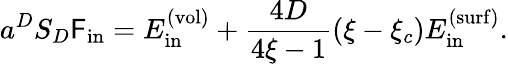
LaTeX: a^{D}S_{D}\mathsf{F}_{\mathrm{{in}}}=E_{\mathrm{{in}}}^{\mathrm{{(vol)}}}+\frac{{4D}}{{4\xi-1}}(\xi-\xi_{c})E_{\mathrm{{in}}}^{\mathrm{{(surf)}}}.